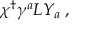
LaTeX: \chi ^ { \dagger } \gamma ^ { a } L Y _ { a } \; ,